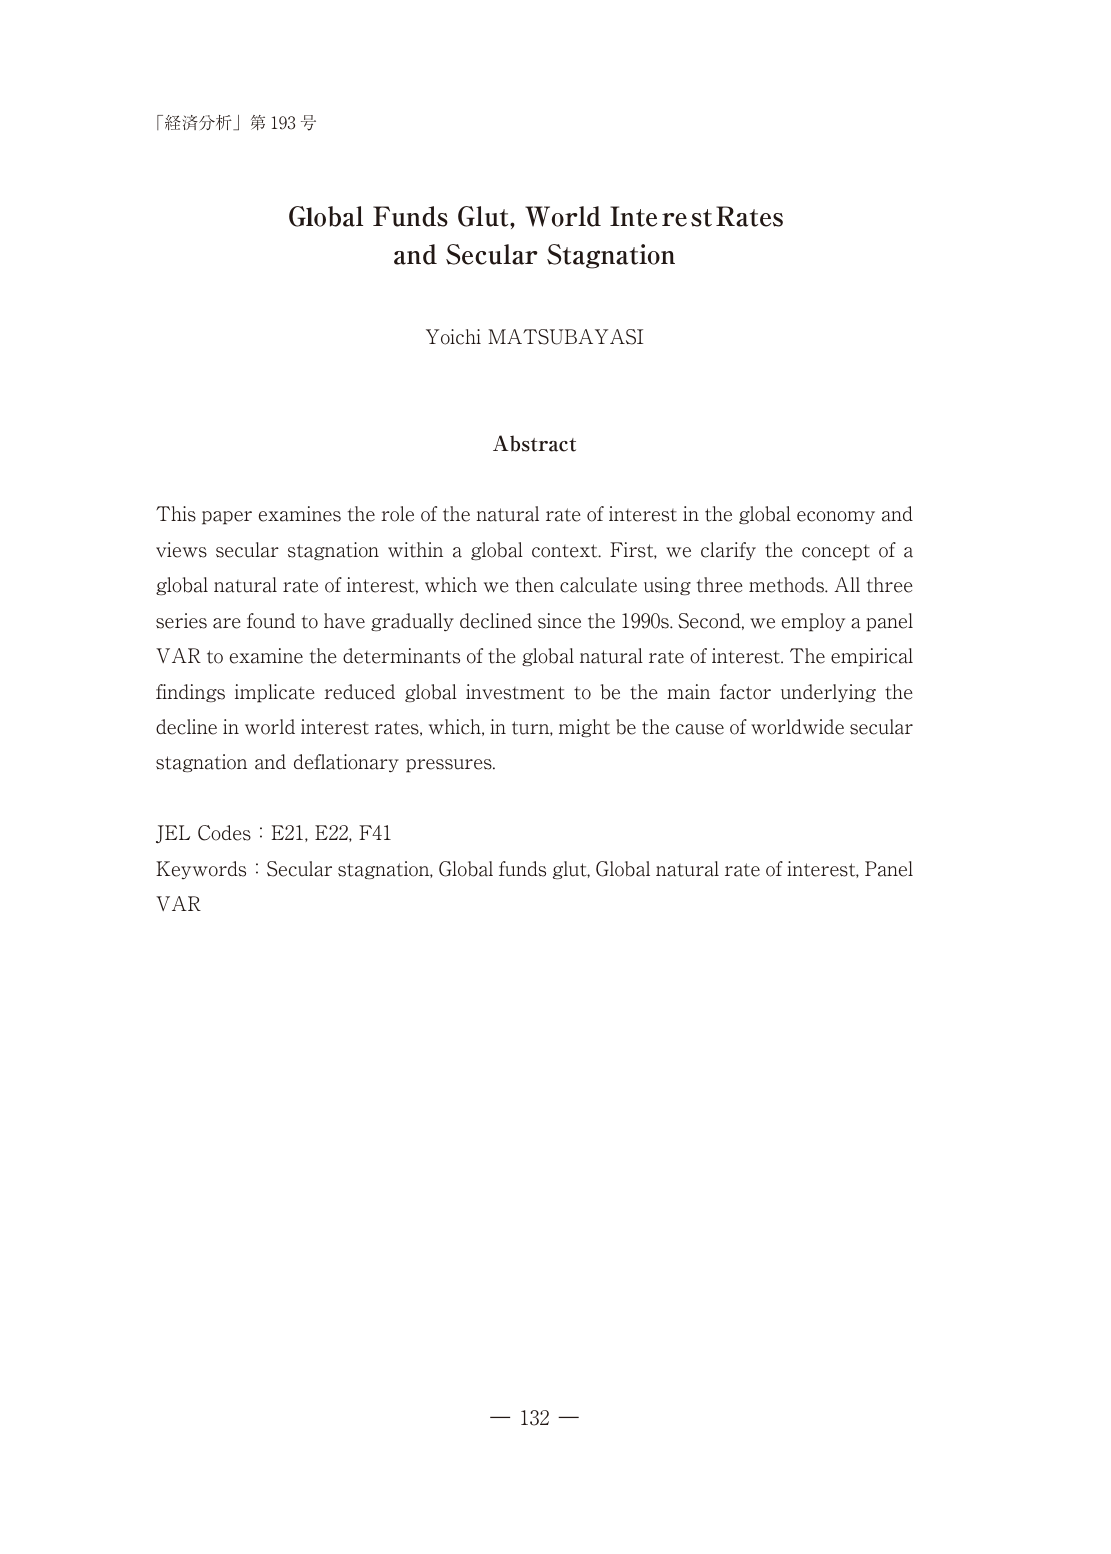
「経済分析」第193号

Global Funds Glut, World Interest Rates
and Secular Stagnation

Yoichi MATSUBAYASI

Abstract

This paper examines the role of the natural rate of interest in the global economy and
views secular stagnation within a global context. First, we clarify the concept of a
global natural rate of interest, which we then calculate using three methods. All three
series are found to have gradually declined since the 1990s. Second, we employ a panel
VAR to examine the determinants of the global natural rate of interest. The empirical
findings implicate reduced global investment to be the main factor underlying the
decline in world interest rates, which, in turn, might be the cause of worldwide secular
stagnation and deflationary pressures.

JEL Codes : E21, E22, F41
Keywords : Secular stagnation, Global funds glut, Global natural rate of interest, Panel
VAR

— 132 —